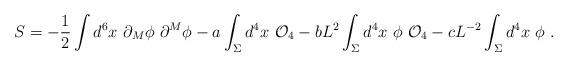
LaTeX: \begin{align*} S=-{1\over 2} \int d^6 x~\partial_M\phi~ \partial^M \phi-a\int_\Sigma d^4 x~{\cal O}_4 -b L^2 \int_\Sigma d^4x~\phi~{\cal O}_4-c L^{-2}\int_\Sigma d^4 x~\phi~.\end{align*}